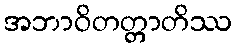
အဘာဝိတတ္တာတိဿ